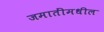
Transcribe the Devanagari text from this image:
जमातींमधील